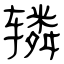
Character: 辚